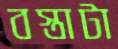
বস্তাটা